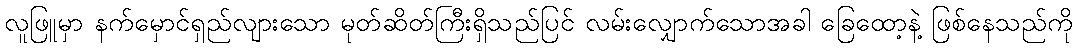
လူဖြူမှာ နက်မှောင်ရှည်လျားသော မုတ်ဆိတ်ကြီးရှိသည်ပြင် လမ်းလျှောက်သောအခါ ခြေထော့နဲ့ ဖြစ်နေသည်ကို